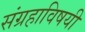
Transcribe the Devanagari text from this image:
संग्रहाविषयी